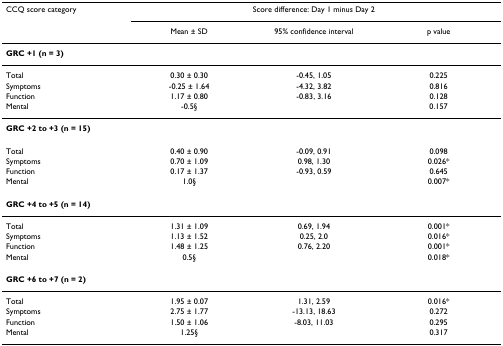
| CCQ score category | <COLSPAN=3> Score difference: Day 1 minus Day 2 |
 |  | Mean ± SD | 95% confidence interval | p value |
 | --- | --- | --- | --- |
 | GRC +1 (n = 3) |  |  |  |
 | Total | 0.30 ± 0.30 | -0.45, 1.05 | 0.225 |
 | Symptoms | -0.25 ± 1.64 | -4.32, 3.82 | 0.816 |
 | Function | 1.17 ± 0.80 | -0.83, 3.16 | 0.128 |
 | Mental | -0.5§ |  | 0.157 |
 | GRC +2 to +3 (n = 15) |  |  |  |
 | Total | 0.40 ± 0.90 | -0.09, 0.91 | 0.098 |
 | Symptoms | 0.70 ± 1.09 | 0.98, 1.30 | 0.026* |
 | Function | 0.17 ± 1.37 | -0.93, 0.59 | 0.645 |
 | Mental | 1.0§ |  | 0.007* |
 | GRC +4 to +5 (n = 14) |  |  |  |
 | Total | 1.31 ± 1.09 | 0.69, 1.94 | 0.001* |
 | Symptoms | 1.13 ± 1.52 | 0.25, 2.0 | 0.016* |
 | Function | 1.48 ± 1.25 | 0.76, 2.20 | 0.001* |
 | Mental | 0.5§ |  | 0.018* |
 | GRC +6 to +7 (n = 2) |  |  |  |
 | Total | 1.95 ± 0.07 | 1.31, 2.59 | 0.016* |
 | Symptoms | 2.75 ± 1.77 | -13.13, 18.63 | 0.272 |
 | Function | 1.50 ± 1.06 | -8.03, 11.03 | 0.295 |
 | Mental | 1.25§ |  | 0.317 |